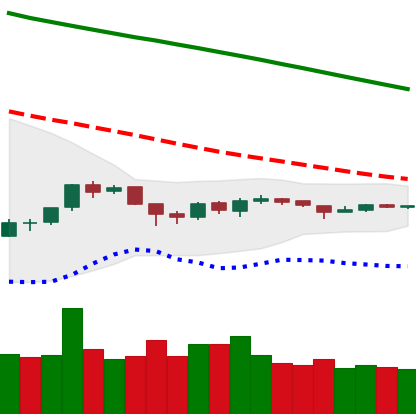
Ticker: ETH-USD
Chart end date: 2018-10-07
Forward return: -12.998%
Label: down_7plus